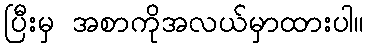
ပြီးမှ အစာကိုအလယ်မှာထားပါ။